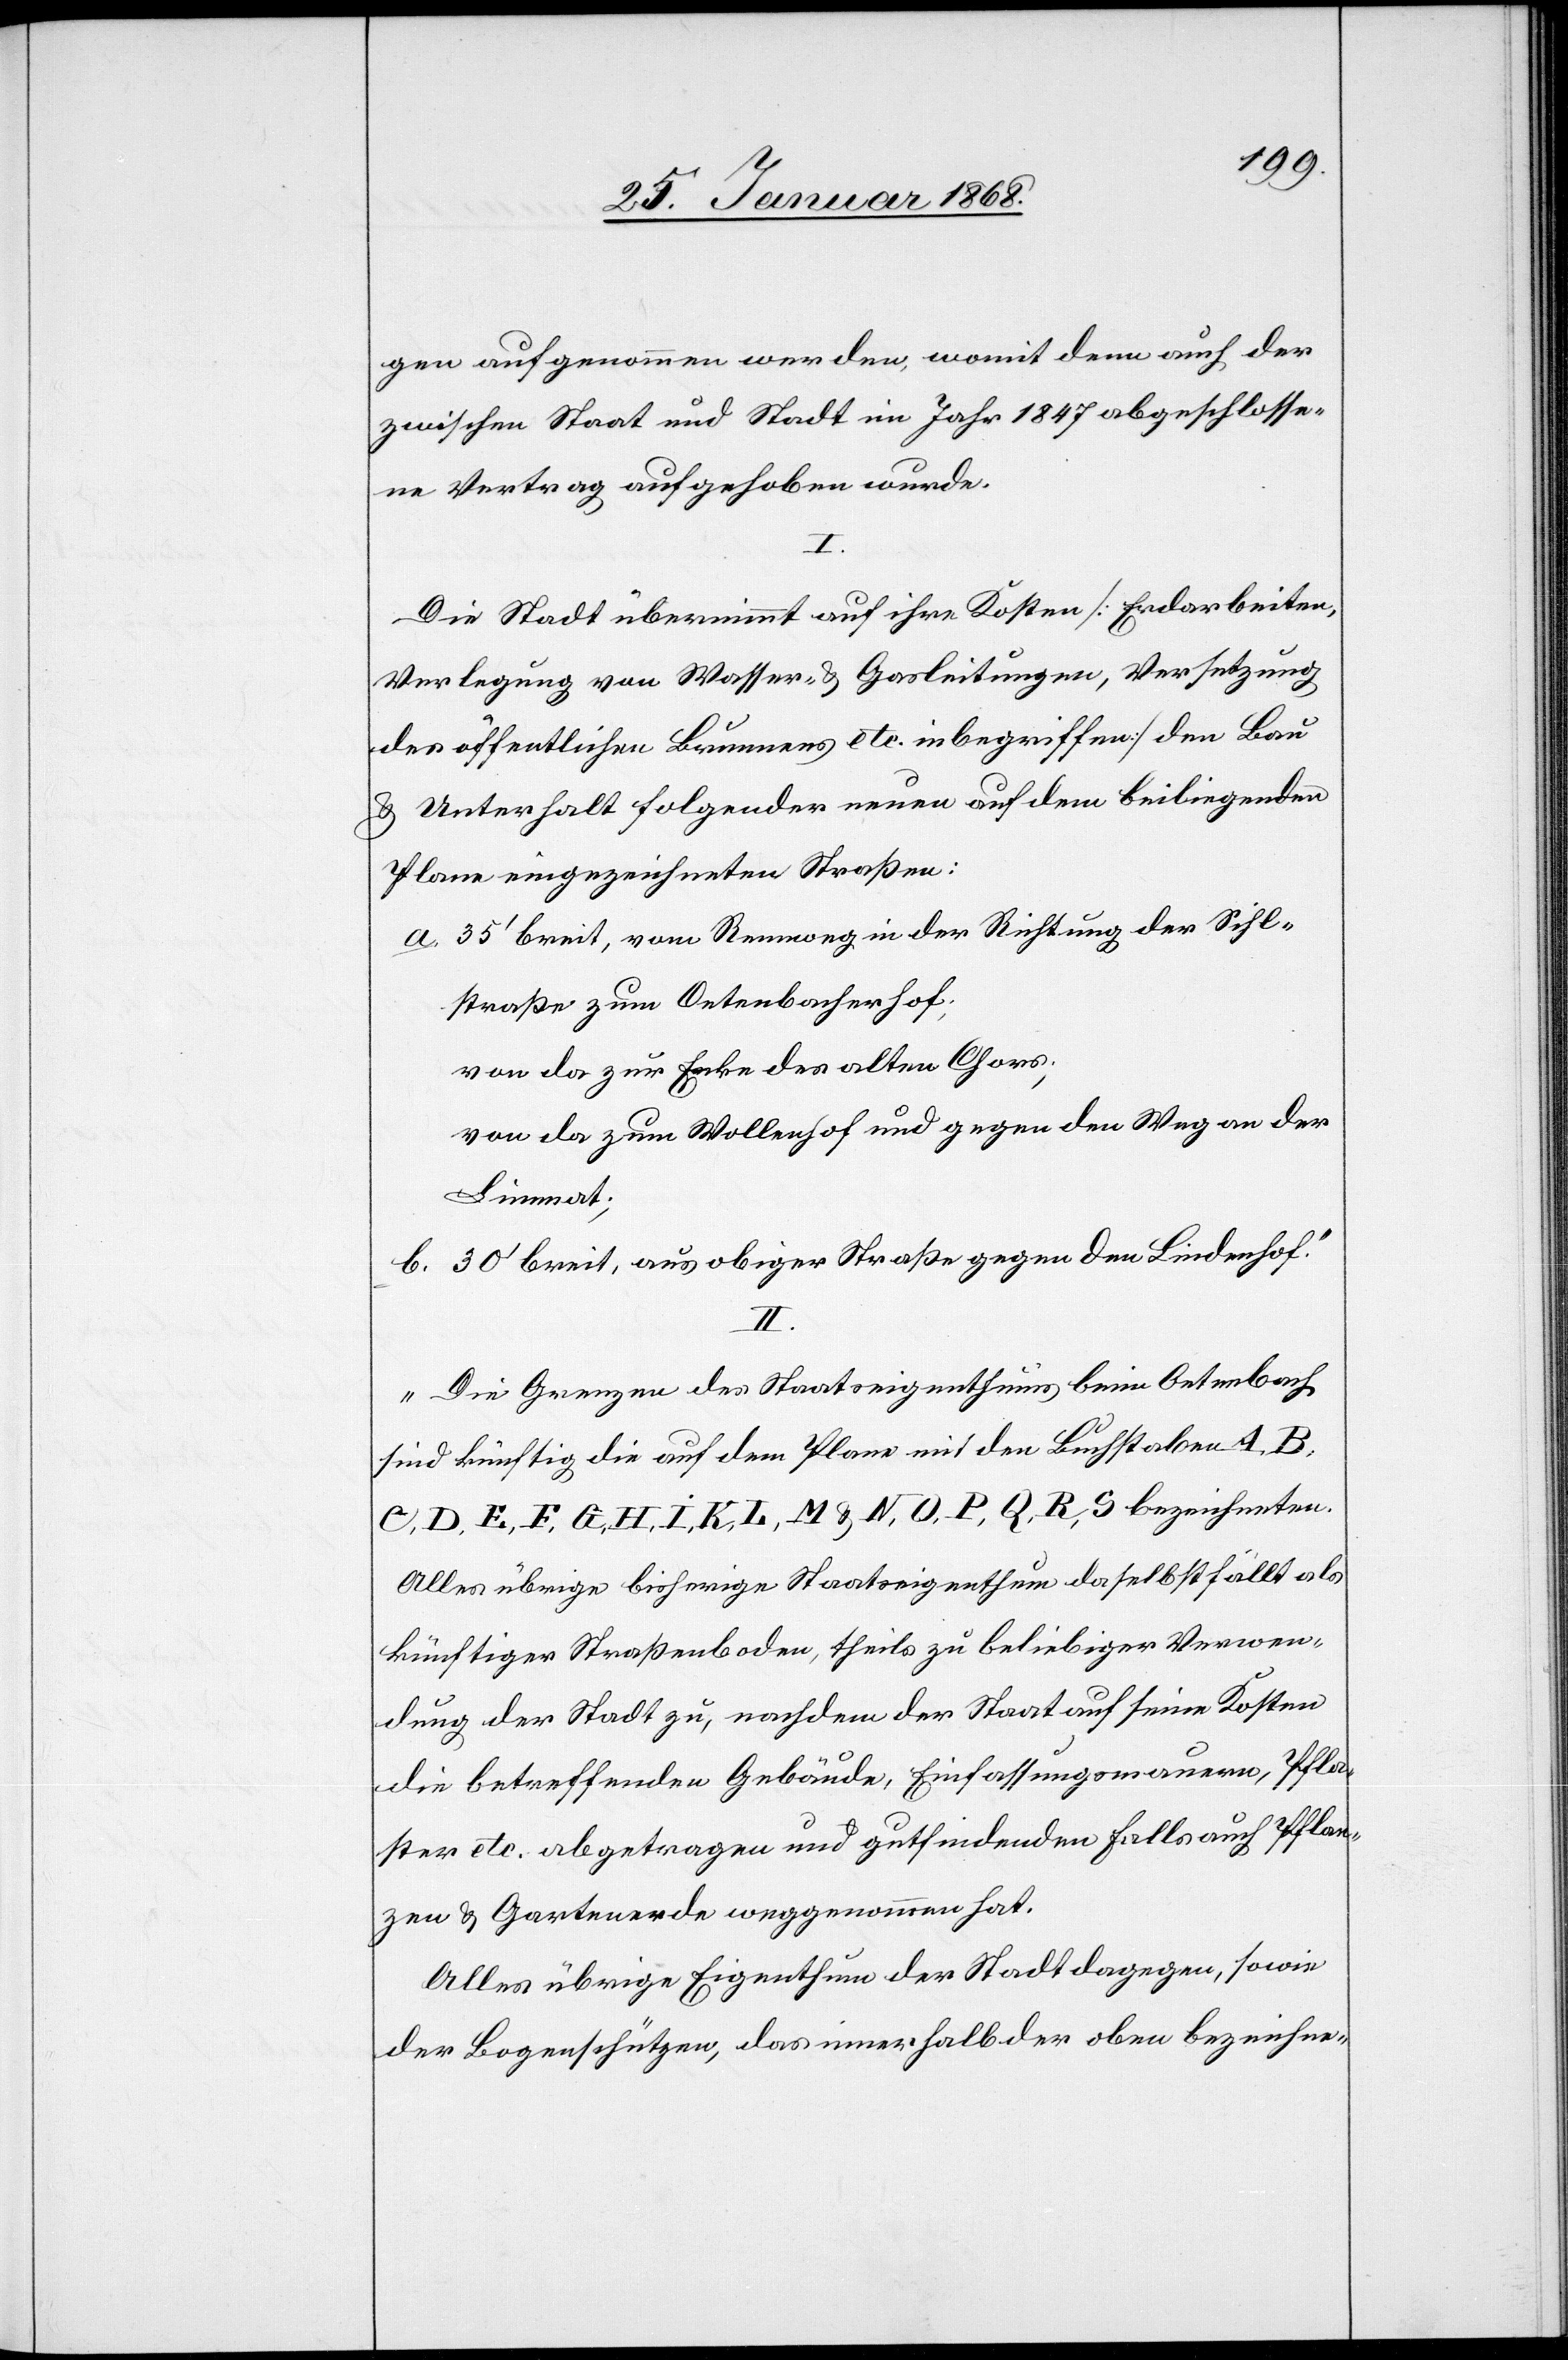
gen aufgenommen werden, womit denn auch der
zwischen Staat und Stadt im Jahr 1847 abgeschlosse¬
ne Vertrag aufgehoben wurde.
I.
Die Stadt übernimmt auf ihre Kosten [Erdarbeiten,
Verlegung von Wasser- & Gasleitungen, Versetzung
des öffentlichen Brunnens etc. inbegriffen] den Bau
& Unterhalt folgender neuen auf dem beiliegenden
Plane eingezeichneten Straßen:
35‘ breit, vom Rennweg in der Richtung der Sihl¬
straße zum Oetenbacherhof;
von da zur Ecke des alten Chors;
von da zum Wollenhof und gegen den Weg an der
Limmat;
30‘ breit, aus obiger Straße gegen den Lindenhof.“
II.
„Die Grenzen des Staatseigenthums beim Oetenbach
sind künftig die auf dem Plane mit den Buchstaben A, B,
C, D, E, F, G, H, I, K, L, M & N, O, P, Q, R, S bezeichneten.
Alles übrige bisherige Staatseigenthum daselbst fällt als
künftiger Straßenboden, theils zu beliebiger Verwen¬
dung der Stadt zu, nachdem der Staat auf seine Kosten
die betreffenden Gebäude, Einfassungsmauern, Pfla¬
ster etc. abgetragen und gutfindenden Falls auch Pflan¬
zen & Gartenerde weggenommen hat.
Alles übrige Eigenthum der Stadt dagegen, sowie
der Bogenschützen, das innerhalb der oben bezeichne-